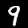
Label: 9